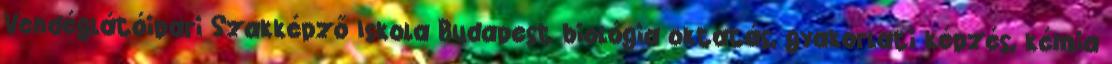
Vendéglátóipari Szakképző Iskola Budapest biológia oktatás, gyakorlati képzés, kémia